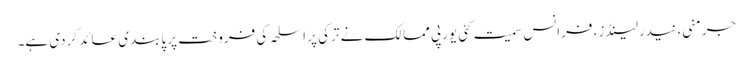
جرمنی، نیدرلینڈز، فرانس سمیت کئی یورپی ممالک نے ترکی پر اسلحہ کی فروخت پر پابندی عائد کردی ہے۔